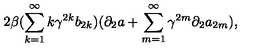
2 \beta ( \sum _ { k = 1 } ^ { \infty } k { \gamma } ^ { 2 k } b _ { 2 k } ) ( { \partial } _ { 2 } a + \sum _ { m = 1 } ^ { \infty } { \gamma } ^ { 2 m } { \partial } _ { 2 } a _ { 2 m } ) ,